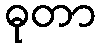
ဓုတာ